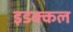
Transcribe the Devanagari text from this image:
इडक्कल